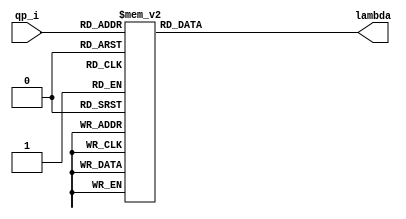
module qp_lambda_table(
	qp_i ,
	lambda
);

input  [6-1:0] 	qp_i ;
output [7-1:0]  lambda ;

reg [7-1:0] lambda ;

always @(qp_i)
  case(qp_i)
    0,1,2,3,4,5,6,7,8,9,10,11,12,13,14,15: 
      lambda = 1;
    16,17,18,19:
      lambda = 2;
    20,21,22:
      lambda = 3;
    23,24,25:
      lambda = 4;
    26:
      lambda = 5;
    27,28:
      lambda = 6;
    29:
      lambda = 7;
    30:
      lambda = 8;
    31:
      lambda = 9;
    32:
      lambda = 10;
    33:
      lambda = 11;
    34:
      lambda = 13;
    35:
      lambda = 14;
    36:
      lambda = 16;
    37:
      lambda = 18;
    38:
      lambda = 20;
    39:
      lambda = 23;
    40:
      lambda = 25;
    41:
      lambda = 29;
    42:
      lambda = 32;
    43:
      lambda = 36;
    44:
      lambda = 40;
    45:
      lambda = 45;
    46:
      lambda = 51;
    47:
      lambda = 57;
    48:
      lambda = 64;
    49:
      lambda = 72;
    50:
      lambda = 81;
    51:
      lambda = 91;
    default:
      lambda = 0;
  endcase
endmodule